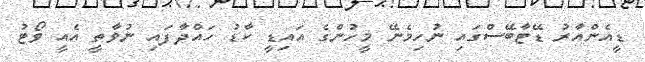
ޑީއެންއާރު ޑޭޓާބޭސްގައި ނުހިމެނޭ މީހުންގެ އައިޑީ ކާޑު ހައްދާފައި ނުވާތީ އެއީ ވޯޓު